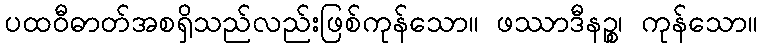
ပထဝီဓာတ်အစရှိသည်လည်းဖြစ်ကုန်သော။ ဖဿာဒီနဉ္စ၊ ကုန်သော။